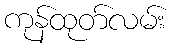
ကုန်ထုတ်လမ်း